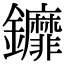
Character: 𨰞